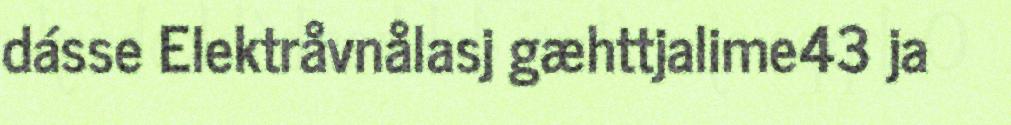
dásse Elektråvnålasj gæhttjalime43 ja